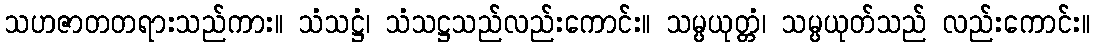
သဟဇာတတရားသည်ကား။ သံသဋ္ဌံ၊ သံသဋ္ဌသည်လည်းကောင်း။ သမ္ပယုတ္တံ၊ သမ္ပယုတ်သည် လည်းကောင်း။